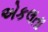
એકલતા